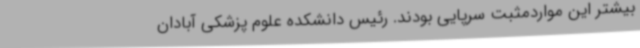
بیشتر این مواردمثبت سرپایی بودند. رئیس دانشکده علوم پزشکی آبادان